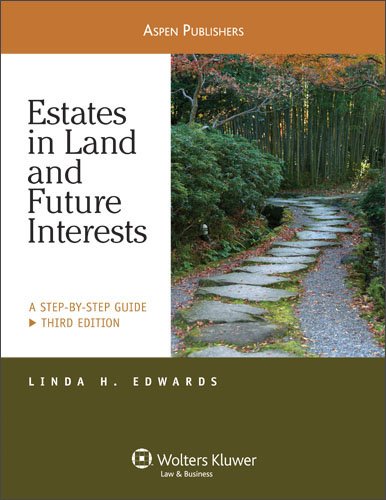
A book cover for Estates in Land & Future Interests: A Step By Step Guide 3e; Linda H. Edwards; Law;